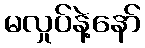
မလှုပ်နဲ့နော်